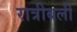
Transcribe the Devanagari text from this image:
रात्रीबली